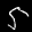
Label: 5